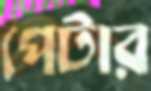
পেটার